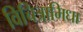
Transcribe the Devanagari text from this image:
विचित्रामिधा